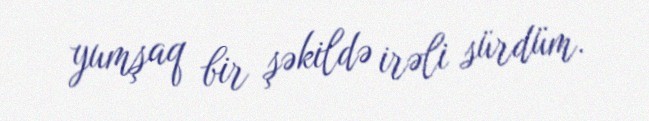
yumşaq bir şəkildə irəli sürdüm.